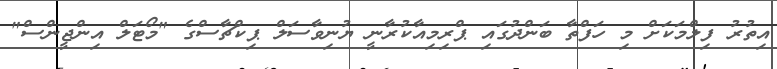
އިތުރު ފިލްމަކަށް މި ހަފްތާ ބަންދުގައި ޕްރިމިއާކުރާނީ ޔުނިވާސަލް ޕިކްޗާސްގެ "މޯޓަލް އިންޖީންސް"